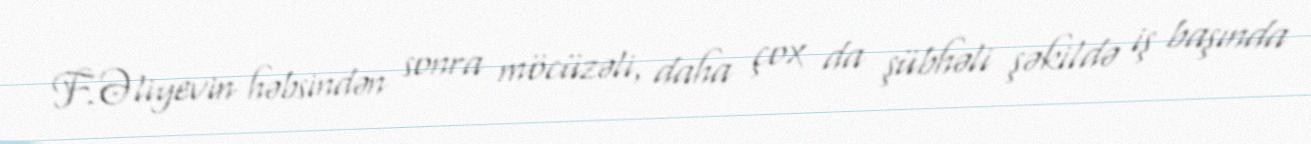
F.Əliyevin həbsindən sonra möcüzəli, daha çox da şübhəli şəkildə iş başında